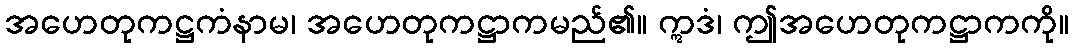
အဟေတုကဋ္ဌကံနာမ၊ အဟေတုကဋ္ဌာကမည်၏။ ဣဒံ၊ ဤအဟေတုကဋ္ဌာကကို။